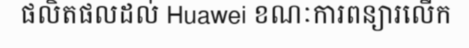
ផលិតផលដល់ Huawei ខណៈការពន្យារលើក